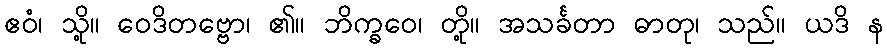
ဧဝံ၊ သို့။ ဝေဒိတဗ္ဗော၊ ၏။ ဘိက္ခဝေ၊ တို့။ အသင်္ခတာ ဓာတု၊ သည်။ ယဒိ န